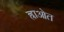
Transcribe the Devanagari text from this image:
ह्राओत